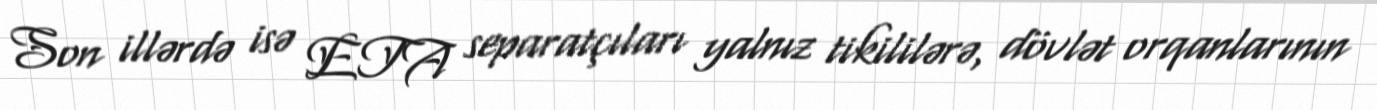
Son illərdə isə ETA separatçıları yalnız tikililərə, dövlət orqanlarının